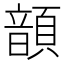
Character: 𩐳